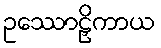
ဥဿောဠှိကာယ